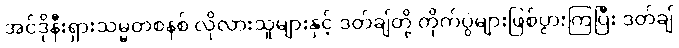
အင်ဒိုနီးရှားသမ္မတစနစ် လိုလားသူများနှင့် ဒတ်ချ်တို့ တိုက်ပွဲများဖြစ်ပွားကြပြီး ဒတ်ချ်